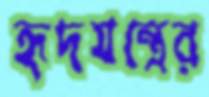
হৃদযন্ত্রের